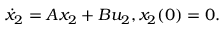
{ \dot { x } } _ { 2 } = A x _ { 2 } + B u _ { 2 } , x _ { 2 } ( 0 ) = 0 .